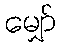
မျှော်